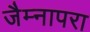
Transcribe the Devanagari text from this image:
जैम्नापरा